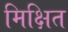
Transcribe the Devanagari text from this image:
मिक्षित